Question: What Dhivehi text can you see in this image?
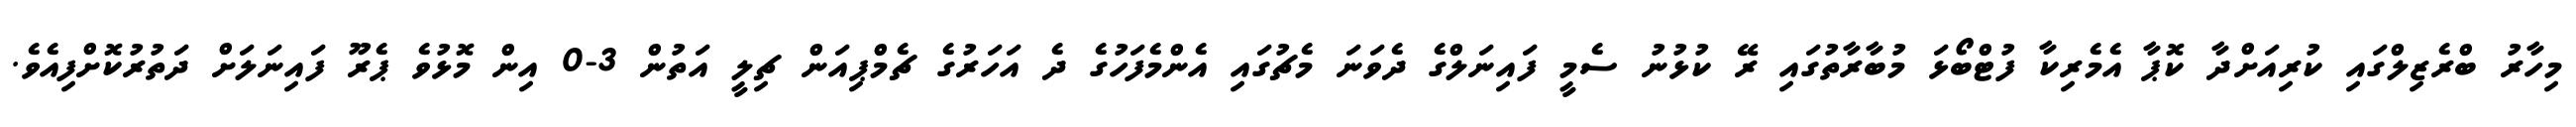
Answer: މިހާރު ބްރެޒިލްގައި ކުރިއަށްދާ ކޮޕާ އެމެރިކާ ފުޓްބޯޅަ މުބާރާތުގައި ރޭ ކުޅުނު ސެމީ ފައިނަލްގެ ދެވަނަ މެޗުގައި އެންމެފަހުގެ ދެ އަހަރުގެ ޗެމްޕިއަން ޗިލީ އަތުން 3-0 އިން މޮޅުވެ ޕެރޫ ފައިނަލަށް ދަތުރުކޮށްފިއެވެ.